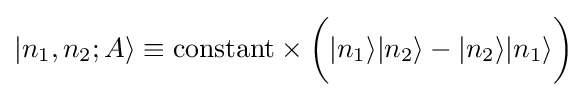
|n_{1},n_{2};A\rangle \equiv {\mbox{constant}}\times {\bigg (}|n_{1}\rangle |n_{2}\rangle -|n_{2}\rangle |n_{1}\rangle {\bigg )}